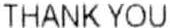
THANK YOU